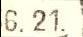
6. 21.